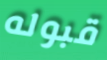
قبوله